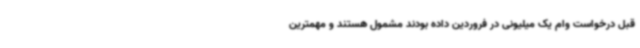
قبل درخواست وام یک میلیونی در فروردین داده بودند مشمول هستند و مهمترین